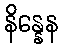
နိန္နေန